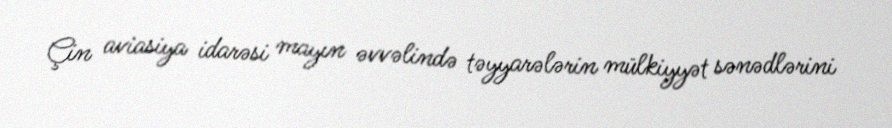
Çin aviasiya idarəsi mayın əvvəlində təyyarələrin mülkiyyət sənədlərini